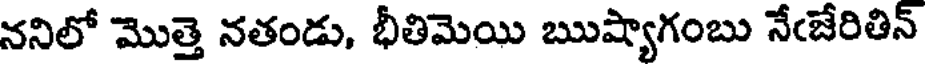
ననిలో మొత్తె నతండు, భీతిమెయి ఋష్యాగంబు నేఁజేరితిన్